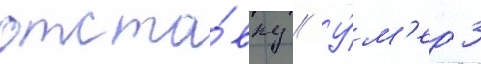
отста́вку // У́м'ер 3